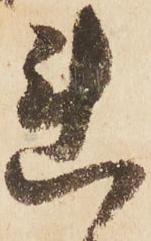
連